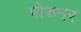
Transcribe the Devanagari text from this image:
पोरुनर